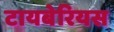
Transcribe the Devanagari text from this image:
टायबेरियस